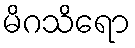
မိဂသိရော